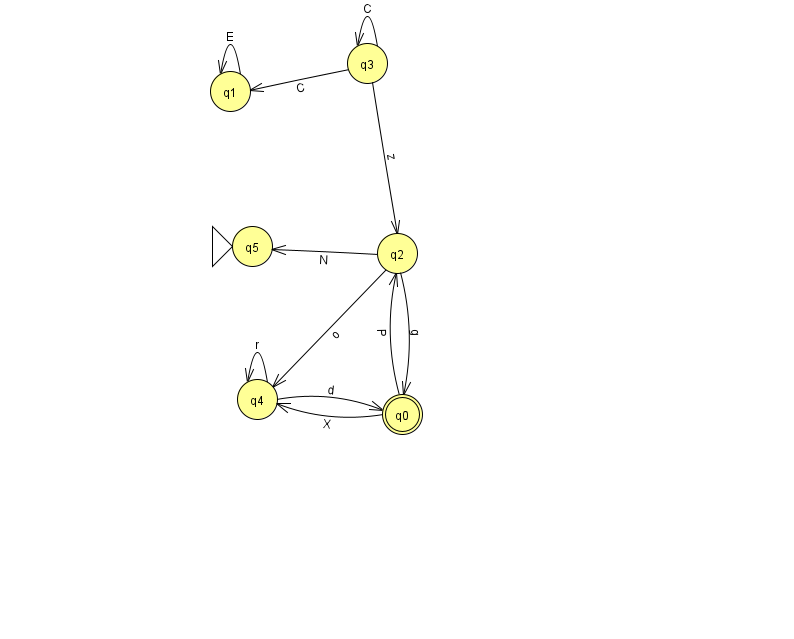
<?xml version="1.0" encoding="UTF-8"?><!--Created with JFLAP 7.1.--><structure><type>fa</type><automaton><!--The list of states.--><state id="0" name="q0"><x>402.0</x><y>401.0</y><final/></state><state id="1" name="q1"><x>230.0</x><y>78.0</y></state><state id="2" name="q2"><x>397.0</x><y>240.0</y></state><state id="3" name="q3"><x>367.0</x><y>50.0</y></state><state id="4" name="q4"><x>257.0</x><y>386.0</y></state><state id="5" name="q5"><x>252.0</x><y>233.0</y><initial/></state><!--The list of transitions.--><transition><from>0</from><to>4</to><read>X</read></transition><transition><from>2</from><to>0</to><read>g</read></transition><transition><from>2</from><to>4</to><read>o</read></transition><transition><from>4</from><to>4</to><read>r</read></transition><transition><from>3</from><to>3</to><read>C</read></transition><transition><from>3</from><to>1</to><read>C</read></transition><transition><from>1</from><to>1</to><read>E</read></transition><transition><from>2</from><to>5</to><read>N</read></transition><transition><from>0</from><to>2</to><read>P</read></transition><transition><from>3</from><to>2</to><read>z</read></transition><transition><from>4</from><to>0</to><read>d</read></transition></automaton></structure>